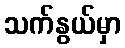
သက်နွယ်မှာ